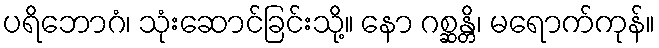
ပရိဘောဂံ၊ သုံးဆောင်ခြင်းသို့။ နော ဂစ္ဆန္တိ၊ မရောက်ကုန်။